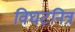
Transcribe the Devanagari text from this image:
विघटनित्र